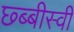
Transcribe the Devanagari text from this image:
छ्ब्बीस्वी